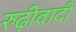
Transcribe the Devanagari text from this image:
रुढ़ीवादी